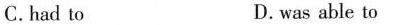
C.had to D.was able to